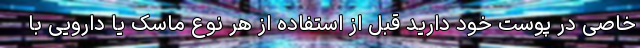
خاصی در پوست خود دارید قبل از استفاده از هر نوع ماسک یا دارویی با